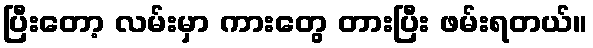
ပြီးတော့ လမ်းမှာ ကားတွေ တားပြီး ဖမ်းရတယ်။